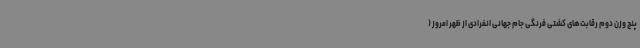
پنج وزن دوم رقابت‌های کشتی فرنگی جام جهانی انفرادی از ظهر امروز (